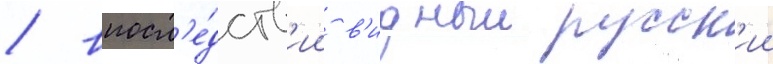
/ впосл'е́дств'ии в'идныи русск'ии